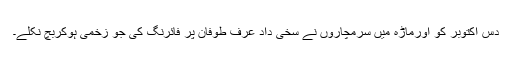
دس اکتوبر کو اورماڑہ میں سرمچاروں نے سخی داد عرف طوفان پر فائرنگ کی جو زخمی ہوکربچ نکلے۔